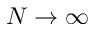
N \rightarrow \infty